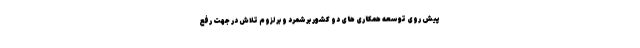
پیش روی توسعه همکاری های دو کشور برشمرد و بر لزوم تلاش در جهت رفع